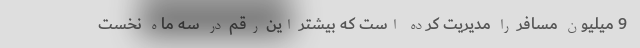
9 میلیون مسافر را مدیریت کرده است که بیشتر این رقم در سه ماه نخست